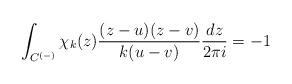
LaTeX: \begin{align*}\int_{C^{(-)}}\chi_k(z)\frac{(z-u)(z-v)}{k(u-v)}\frac{dz}{2\pi i}=-1\end{align*}